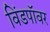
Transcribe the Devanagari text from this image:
विंडपॉवर